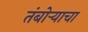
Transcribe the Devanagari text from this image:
तंबोऱ्याचा